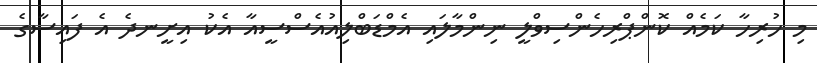
މި ހުރިހާ ކަމެއް ކޮންޕްރިހެންސިވްލީ ނިންމާލައި އެމްޑަބްލިއުއެސްސީއާ އެކު އިށީނދެ އެ ފައިސާގެ